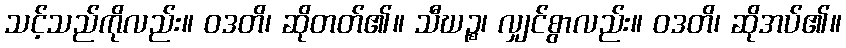
သင့်သည်ကိုလည်း။ ဝဒတိ၊ ဆိုတတ်၏။ သီဃဉ္စ၊ လျှင်စွာလည်း။ ဝဒတိ၊ ဆိုအပ်၏။